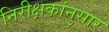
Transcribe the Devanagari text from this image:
निरीक्षकांनुसार